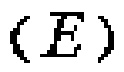
\((E)\)